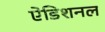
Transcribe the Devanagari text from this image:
ऐडिशनल